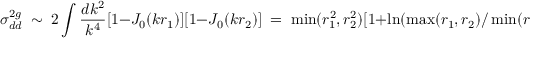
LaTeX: \sigma _ { d d } ^ { 2 g } \; \sim \; 2 \int { \frac { d k ^ { 2 } } { k ^ { 4 } } } [ 1 - J _ { 0 } ( k r _ { 1 } ) ] [ 1 - J _ { 0 } ( k r _ { 2 } ) ] \; = \; \operatorname * { m i n } ( r _ { 1 } ^ { 2 } , r _ { 2 } ^ { 2 } ) [ 1 + \ln ( \operatorname * { m a x } ( r _ { 1 } , r _ { 2 } ) / \operatorname * { m i n } ( r _ { 1 } , r _ { 2 } ) ) ] .